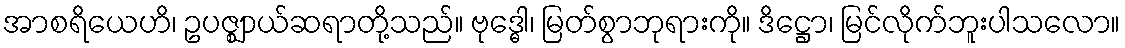
အာစရိယေဟိ၊ ဥပဇ္ဈာယ်ဆရာတို့သည်။ ဗုဒ္ဓေါ၊ မြတ်စွာဘုရားကို။ ဒိဋ္ဌော၊ မြင်လိုက်ဘူးပါသလော။